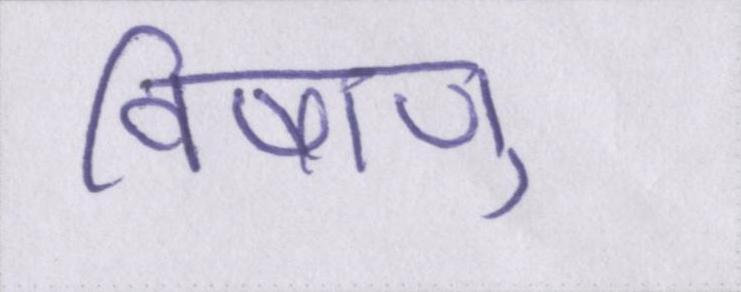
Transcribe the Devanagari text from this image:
विषाणु